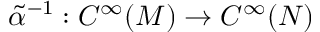
\tilde { \alpha } ^ { - 1 } : C ^ { \infty } ( M ) \to C ^ { \infty } ( N )